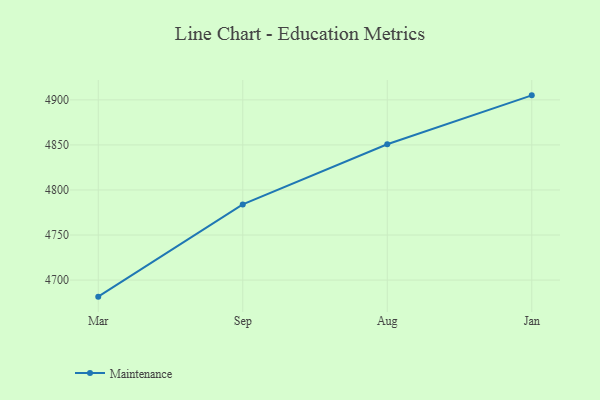
{"axis": {"x": "Month", "y": "Budget (USD K)"}, "legend": ["Maintenance"], "data": [{"x": "Mar", "y": 4681.6, "type": "Maintenance"}, {"x": "Sep", "y": 4784.0, "type": "Maintenance"}, {"x": "Aug", "y": 4850.7, "type": "Maintenance"}, {"x": "Jan", "y": 4905.0, "type": "Maintenance"}]}